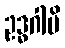
ဥဒ္ဓဂါမိ